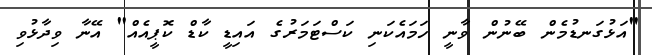
"އަޅުގަނޑުމެން ބޭނުން ވާނީ ހަމައެކަނި ކަސްޓަމަރުގެ އައިޑީ ކާޑް ކޮޕީއެއް" އޭނާ ވިދާޅުވި